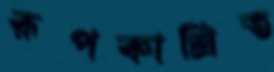
রূপকাশ্রিত